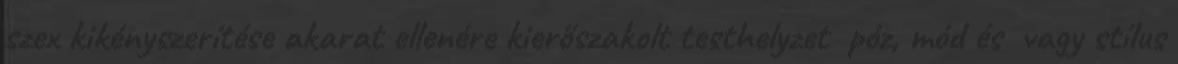
szex kikényszerítése akarat ellenére kierőszakolt testhelyzet póz, mód és vagy stílus